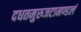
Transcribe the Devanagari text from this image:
दधतमुरुजटामण्डलं